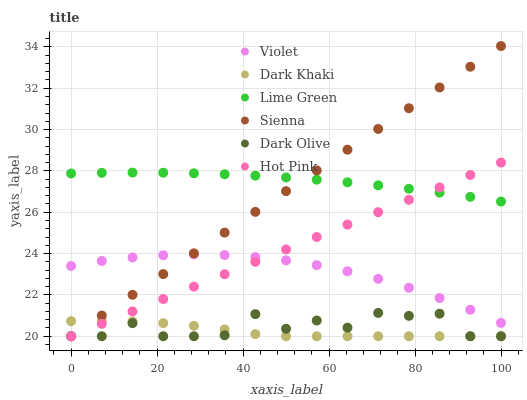
| xaxis_label | Violet | Dark Khaki | Lime Green | Sienna | Dark Olive | Hot Pink |
 | --- | --- | --- | --- | --- | --- | --- |
 | 0 | 23.4 | 20.7 | 27.9 | 20 | 20 | 20 |
 | 7.14 | 23.6 | 20.7 | 27.9 | 21 | 20 | 20.6 |
 | 14.3 | 23.8 | 20.7 | 27.9 | 22 | 20.6 | 21.2 |
 | 21.4 | 23.9 | 20.6 | 27.9 | 23 | 20 | 21.8 |
 | 28.6 | 24 | 20.5 | 27.9 | 24 | 20 | 22.4 |
 | 35.7 | 23.9 | 20.3 | 27.8 | 25 | 20 | 23 |
 | 42.9 | 23.8 | 20.1 | 27.8 | 26 | 21.1 | 23.6 |
 | 50 | 23.7 | 20 | 27.7 | 27 | 20.4 | 24.2 |
 | 57.1 | 23.4 | 20 | 27.6 | 28 | 20.8 | 24.8 |
 | 64.3 | 23.1 | 20 | 27.4 | 29 | 20.4 | 25.4 |
 | 71.4 | 22.8 | 20 | 27.3 | 30 | 21.1 | 26 |
 | 78.6 | 22.3 | 20 | 27.1 | 31 | 21 | 26.6 |
 | 85.7 | 21.8 | 20 | 27 | 32 | 21.1 | 27.2 |
 | 92.9 | 21.3 | 20 | 26.7 | 33 | 20 | 27.8 |
 | 100 | 20.6 | 20 | 26.5 | 34 | 20 | 28.4 |